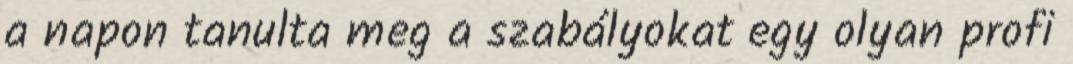
a napon tanulta meg a szabályokat egy olyan profi